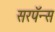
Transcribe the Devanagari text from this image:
सरपॅन्स